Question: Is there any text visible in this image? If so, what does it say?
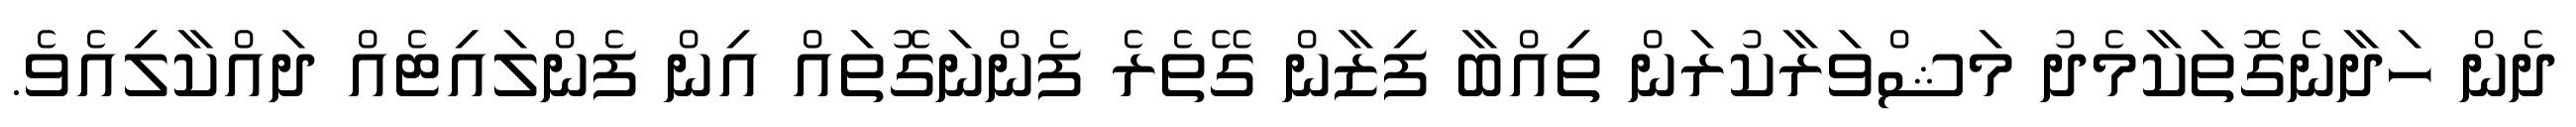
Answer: ދެން ހަދާނެގޮތަކާމެދު މަޝްވަރާކުރަން ތިއްބާ ފިޒާން ގޭތެރެ ފެންނަގޮތައް އިން ފެންލައިޓެއް ދައްކާލިއެވެ.